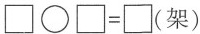
\square \bigcirc \square = \square(架)